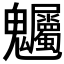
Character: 𮫫